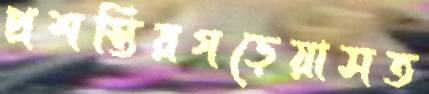
প্রশস্তিরগড়েয়াসত